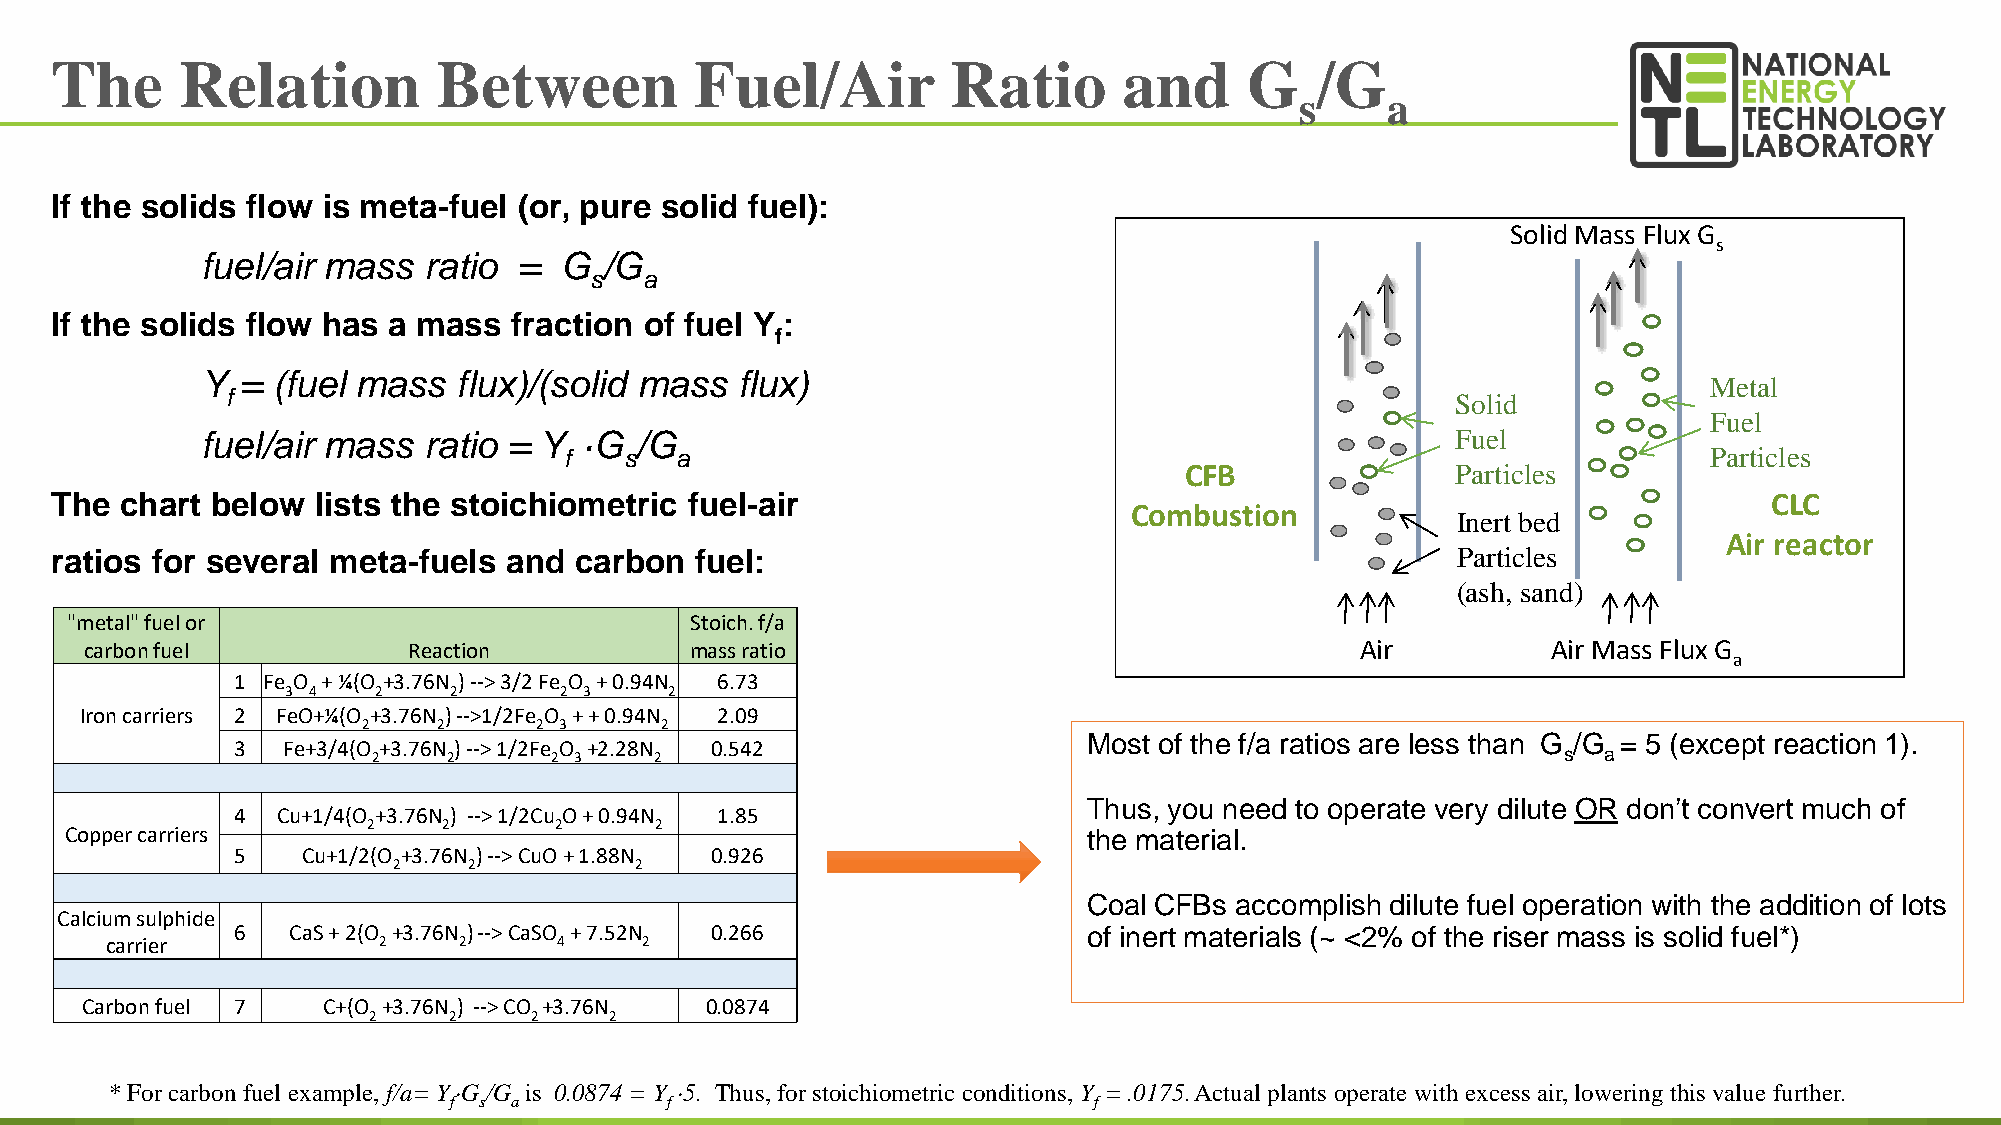
The      Relation         Between          Fuel/Air         Ratio      and      G   /G
 s     a
 If the solids flow is meta-fuel (or, pure solid fuel):
 Solid Mass Flux G
 s
 fuel/air mass  ratio =  G  /G
 s   a
 If the solids flow has a mass  fraction of fuel Y :
 f
 Y  = (fuel mass  flux)/(solid mass  flux)
 Metal
 f                                                                                Solid
 Fuel
 fuel/air mass  ratio = Y  ·G /G                                                    Fuel
 f   s   a                                                                   Particles
 CFB               Particles
 The  chart below  lists the stoichiometric fuel-air                                                               CLC
 Combustion
 Inert bed
 Air reactor
 ratios for several meta-fuels  and carbon  fuel:                                             Particles
 (ash, sand)
 "metal" fuel or                           Stoich.f/a
 carbonfuel           Reaction           mass ratio                                  Air          Air MaAsisr Flux G
 a
 1 Fe O + ¼(O +3.76N )--> 3/2 Fe O + 0.94N 6.73
 3 4   2    2      2 3    2
 Iron carriers 2 FeO+¼(O +3.76N )-->1/2Fe O + + 0.94N 2.09
 2    2     2 3      2
 Most of the f/a ratios are less than G /G = 5 (except reaction 1).
 3  Fe+3/4(O +3.76N )--> 1/2Fe O +2.28N 0.542
 2    2     2 3    2                                                           s  a
 Thus, you need to operate very dilute OR don’t convert much of
 4 Cu+1/4(O +3.76N ) --> 1/2Cu O + 0.94N 1.85
 2    2       2     2
 Copper carriers                                                     the material.
 5   Cu+1/2(O +3.76N )--> CuO+ 1.88N 0.926
 2    2          2
 Coal CFBs accomplish dilute fuel operation with the addition of lots
 Calcium sulphide
 6  CaS+ 2(O +3.76N )--> CaSO + 7.52N 0.266              of inert materials (~ <2% of the riser mass is solid fuel*)
 carrier           2    2      4     2
 Carbon fuel 7   C+(O +3.76N ) --> CO +3.76N 0.0874
 2     2    2    2
 75
 * For carbon fuel example, f/a= Y·G /G is 0.0874 = Y ·5. Thus, for stoichiometric conditions, Y = .0175. Actual plants operate with excess air, lowering this value further.
 f s a         f                           f